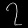
Digit: ၇